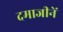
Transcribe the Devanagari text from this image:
दमाजीनें